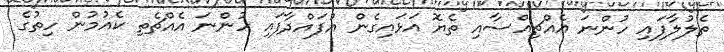
ތެލުލާފައި ހުންނަ އެއްޗިއްސާއި ތެޔޮ އަޅައިގެން އުފައްދާފައި ހުންނަ އެއްޗެތި ކެއުމުން ހިތުގެ